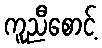
ကူညီစောင့်